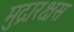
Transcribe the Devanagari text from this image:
मुद्रारक्षस